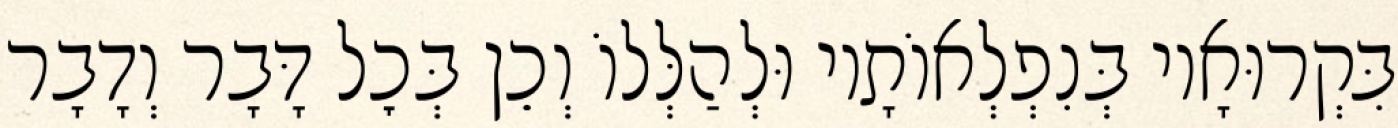
בִּקְרוּאָיו בְּנִפְלְאוֹתָיו וּלְהַלְּלוֹ וְכֵן בְּכׇל דָּבָר וְדָבָר